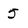
Character: 5